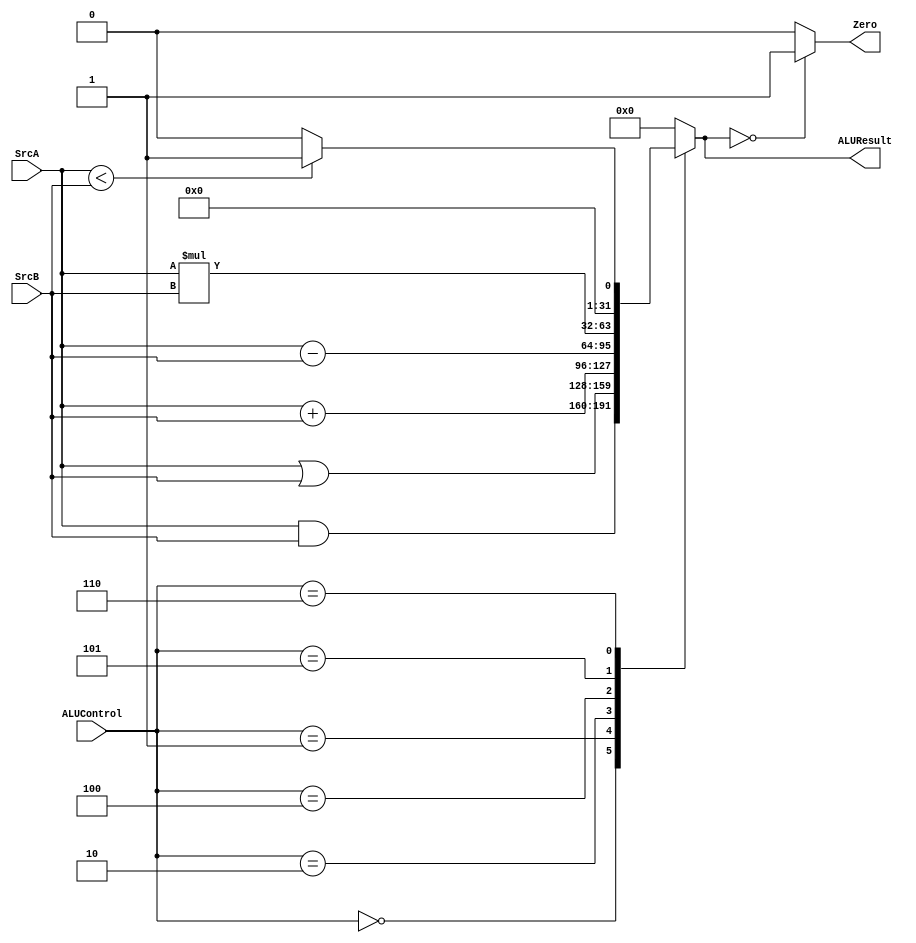
/*================================================================================================*
 * Linkedin  : https://www.linkedin.com/in/sherif-omar-23829b222/                                 *
 *================================================================================================*/


module ALU(
input wire [31:0] SrcA,SrcB,
input wire [2:0] ALUControl,
output reg [31:0] ALUResult,
output reg Zero
);
always @(*) 
begin
  case(ALUControl)
    3'b000:ALUResult=SrcA&SrcB;
    3'b001:ALUResult=SrcA|SrcB;
    3'b010:ALUResult=SrcA+SrcB;
    3'b100:ALUResult=SrcA-SrcB;
    3'b101:ALUResult=SrcA*SrcB;
    3'b110:begin 
            if (SrcA<SrcB)
              ALUResult=32'd1;
            else
              ALUResult=32'd0;
            end
    default:ALUResult=32'd0;
  endcase
end 

always @(*)
begin
  if (ALUResult==32'd0)
    Zero<=1;
  else 
    Zero<=0;  
end

endmodule